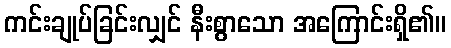
ကင်းချုပ်ခြင်းလျှင် နီးစွာသော အကြောင်းရှိ၏။